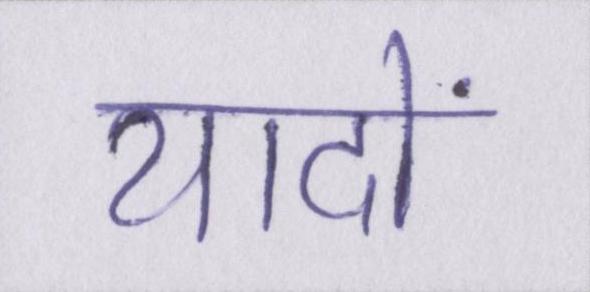
यादों